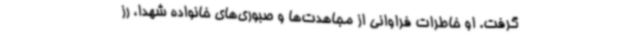
گرفت. او خاطرات فراوانی از مجاهدت‌ها و صبوری‌های خانواده شهدا، رز